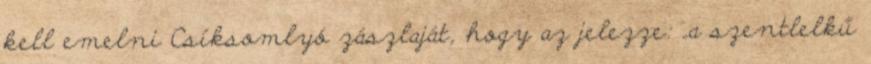
kell emelni Csíksomlyó zászlaját, hogy az jelezze: „a szentlelkű